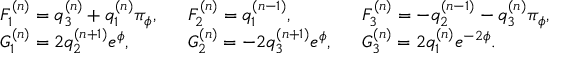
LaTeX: \left. \begin{array} { l l l } { { F _ { 1 } ^ { ( n ) } = q _ { 3 } ^ { ( n ) } + q _ { 1 } ^ { ( n ) } \pi _ { \phi } , \, \, \, \, } } & { { F _ { 2 } ^ { ( n ) } = q _ { 1 } ^ { ( n - 1 ) } , \, \, \, \, } } & { { F _ { 3 } ^ { ( n ) } = - q _ { 2 } ^ { ( n - 1 ) } - q _ { 3 } ^ { ( n ) } \pi _ { \phi } , } } \\ { { G _ { 1 } ^ { ( n ) } = 2 q _ { 2 } ^ { ( n + 1 ) } e ^ { \phi } , \, \, \, \, } } & { { G _ { 2 } ^ { ( n ) } = - 2 q _ { 3 } ^ { ( n + 1 ) } e ^ { \phi } , \, \, \, \, } } & { { G _ { 3 } ^ { ( n ) } = 2 q _ { 1 } ^ { ( n ) } e ^ { - 2 \phi } . } } \end{array} \right.